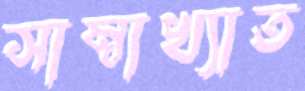
সাম্বাখ্যাত